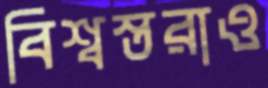
বিশ্বস্তরাও